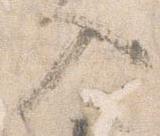
入